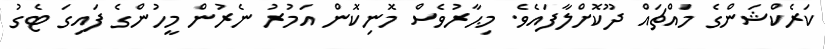
ކަރެކްޝަންގެ މައްޗައް ދޫކޮށްލާފައެވެ. މިޙާރުވެސް މޮނިކޮން އަމުރު ނެރުން މީހުންގެ ފައިގަ ޓެގު